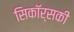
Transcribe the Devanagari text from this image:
सिकॉर्सकी